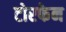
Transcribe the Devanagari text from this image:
टोरफेन